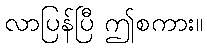
လာပြန်ပြီ ဤစကား။